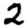
Digit: 2